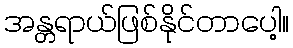
အန္တရာယ်ဖြစ်နိုင်တာပေါ့။